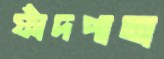
ফাঁদপাতা